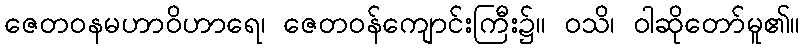
ဇေတဝနမဟာဝိဟာရေ၊ ဇေတဝန်ကျောင်းကြီး၌။ ဝသိ၊ ဝါဆိုတော်မူ၏။